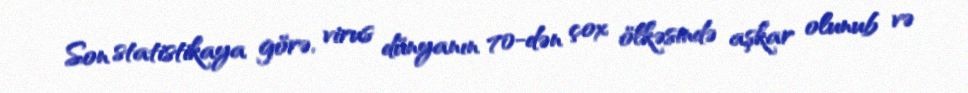
Son statistikaya görə, virus dünyanın 70-dən çox ölkəsində aşkar olunub və